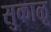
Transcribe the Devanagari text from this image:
सुकाळू